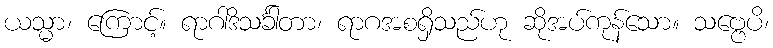
ယသ္မာ၊ ကြောင့်။ ရာဂါဒိသင်္ခါတာ၊ ရာဂအစရှိသည်ဟု ဆိုအပ်ကုန်သော။ သဗ္ဗေပိ၊